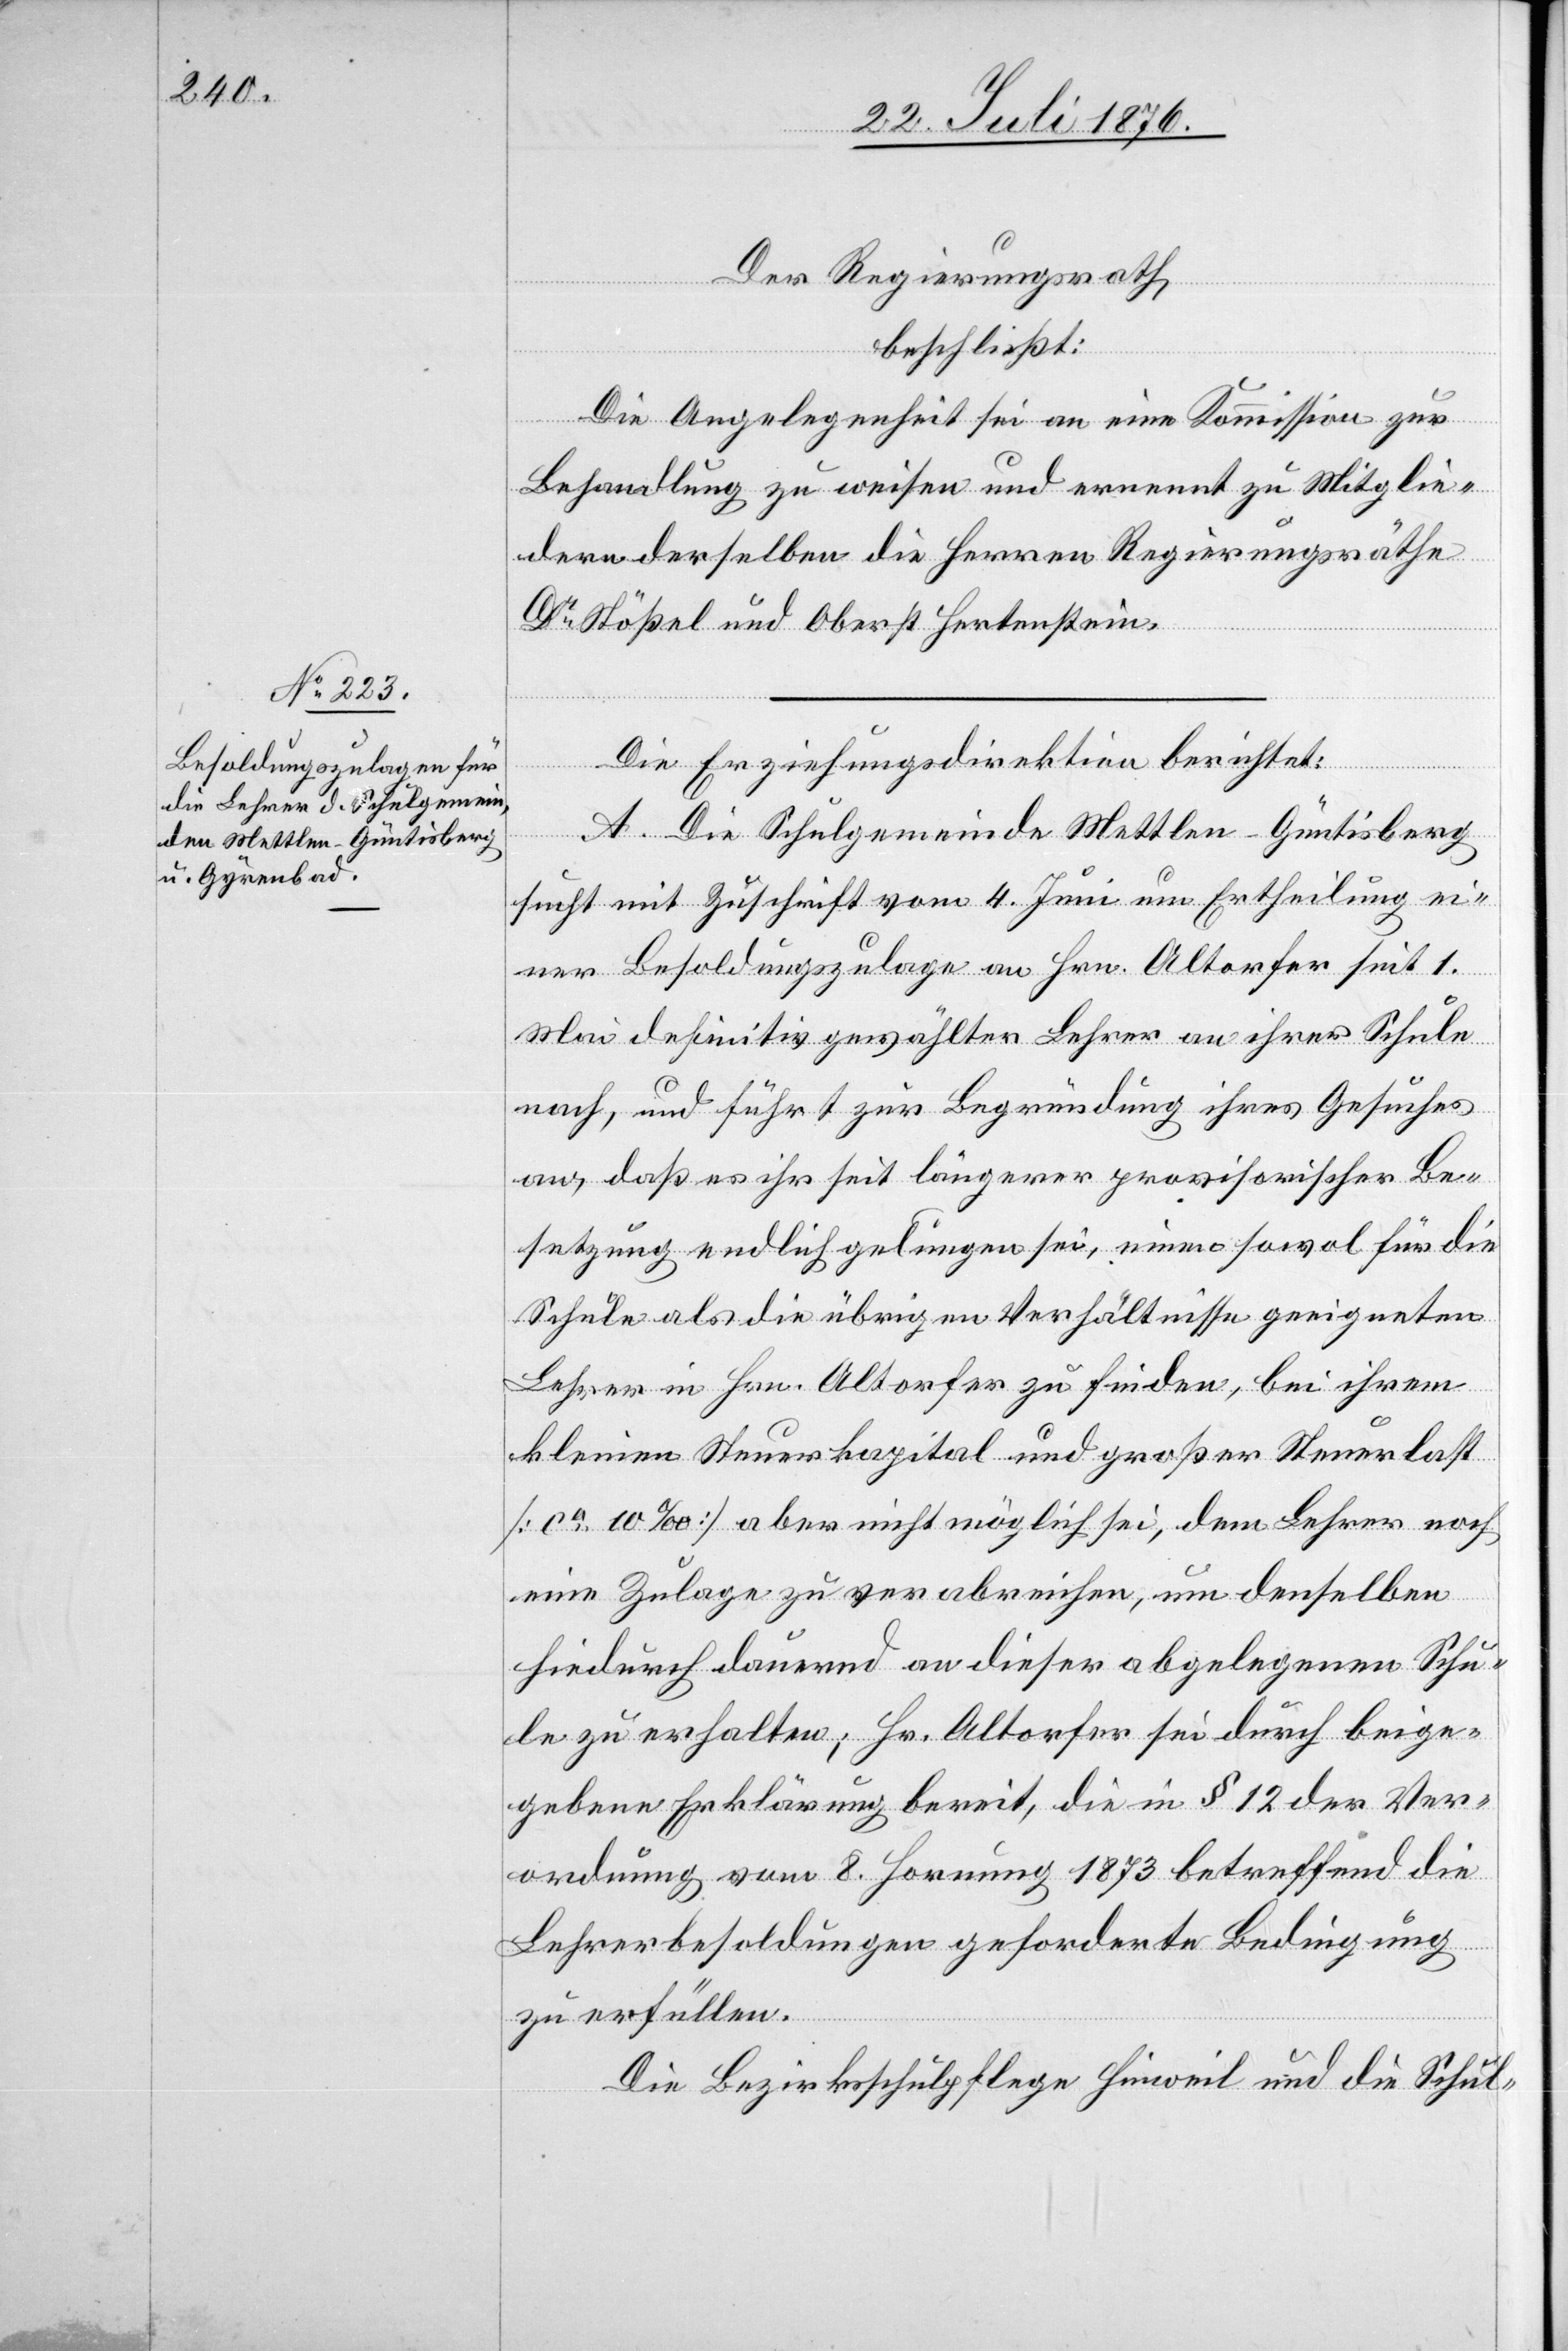
Der Regierungsrath,
beschließt:
Die Angelegenheit sei an eine Kommission zur
Behandlung zu weisen und ernennt zu Mitglie¬
dern derselben die Herren Regierungsräthe
Dr Stößel und Oberst Hertenstein.
Die Erziehungsdirektion berichtet:
A. Die Schulgemeinde Mettlen - Güntisberg
sucht mit Zuschrift vom 4. Juni um Ertheilung ei¬
ner Besoldungszulage an Hrn. Altorfer seit 1.
Mai definitiv gewählter Lehrer an ihrer Schule
nach, und führt zur Begründung ihres Gesuches
an, daß es ihr seit längerer provisorischer Be¬
setzung endlich gelungen sei, einen sowol für die
Schule als die übrigen Verhältnisse geeigneten
Lehrer in Hrn. Altorfer zu finden, bei ihrem
kleinen Steuerkapital und großer Steuerlast
[ca 10 ‰] aber nicht möglich sei, dem Lehrer e¬
ine Zulage zu verabreichen, um denselben
hiedurch dauernd an dieser abgelegenen Schu¬
le zu erhalten; Hr. Altorfer sei durch beige¬
gebene Erklärung bereit, die in § 12 der Ver¬
ordnung vom 8. Hornung 1873 betreffend die
Lehrerbesoldungen geforderte Bedingung
zu erfüllen.
Die Bezirksschulpflege Hinweil und die Schul-